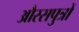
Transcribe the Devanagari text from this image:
औरसपुत्रों